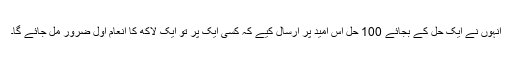
انہوں نے ایک حل کے بجائے 100 حل اس امید پر ارسال کیے کہ کسی ایک پر تو ایک لاکھ کا انعام اول ضرور مل جائے گا۔